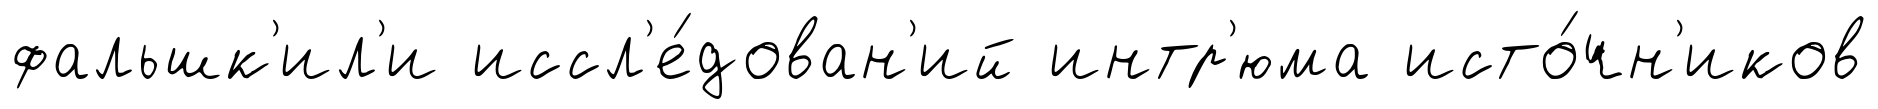
фальшк'ил'и иссл'е́дован'ий интр'юма исто́чн'иков